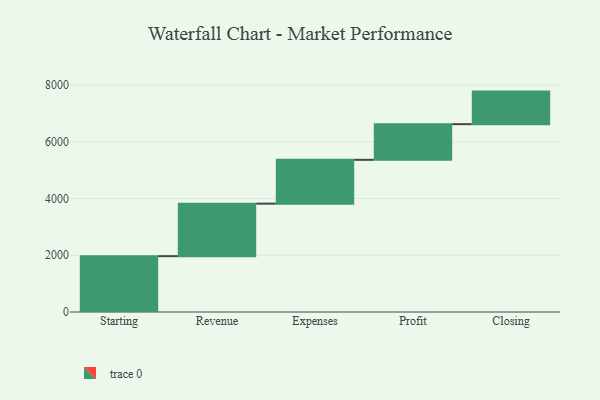
{"axis": {"x": "Step", "y": "Value"}, "legend": [""], "data": [{"x": "Starting", "y": 1968.0, "type": ""}, {"x": "Revenue", "y": 1852.0, "type": ""}, {"x": "Expenses", "y": 1545.0, "type": ""}, {"x": "Profit", "y": 1257.0, "type": ""}, {"x": "Closing", "y": 1148.0, "type": ""}]}